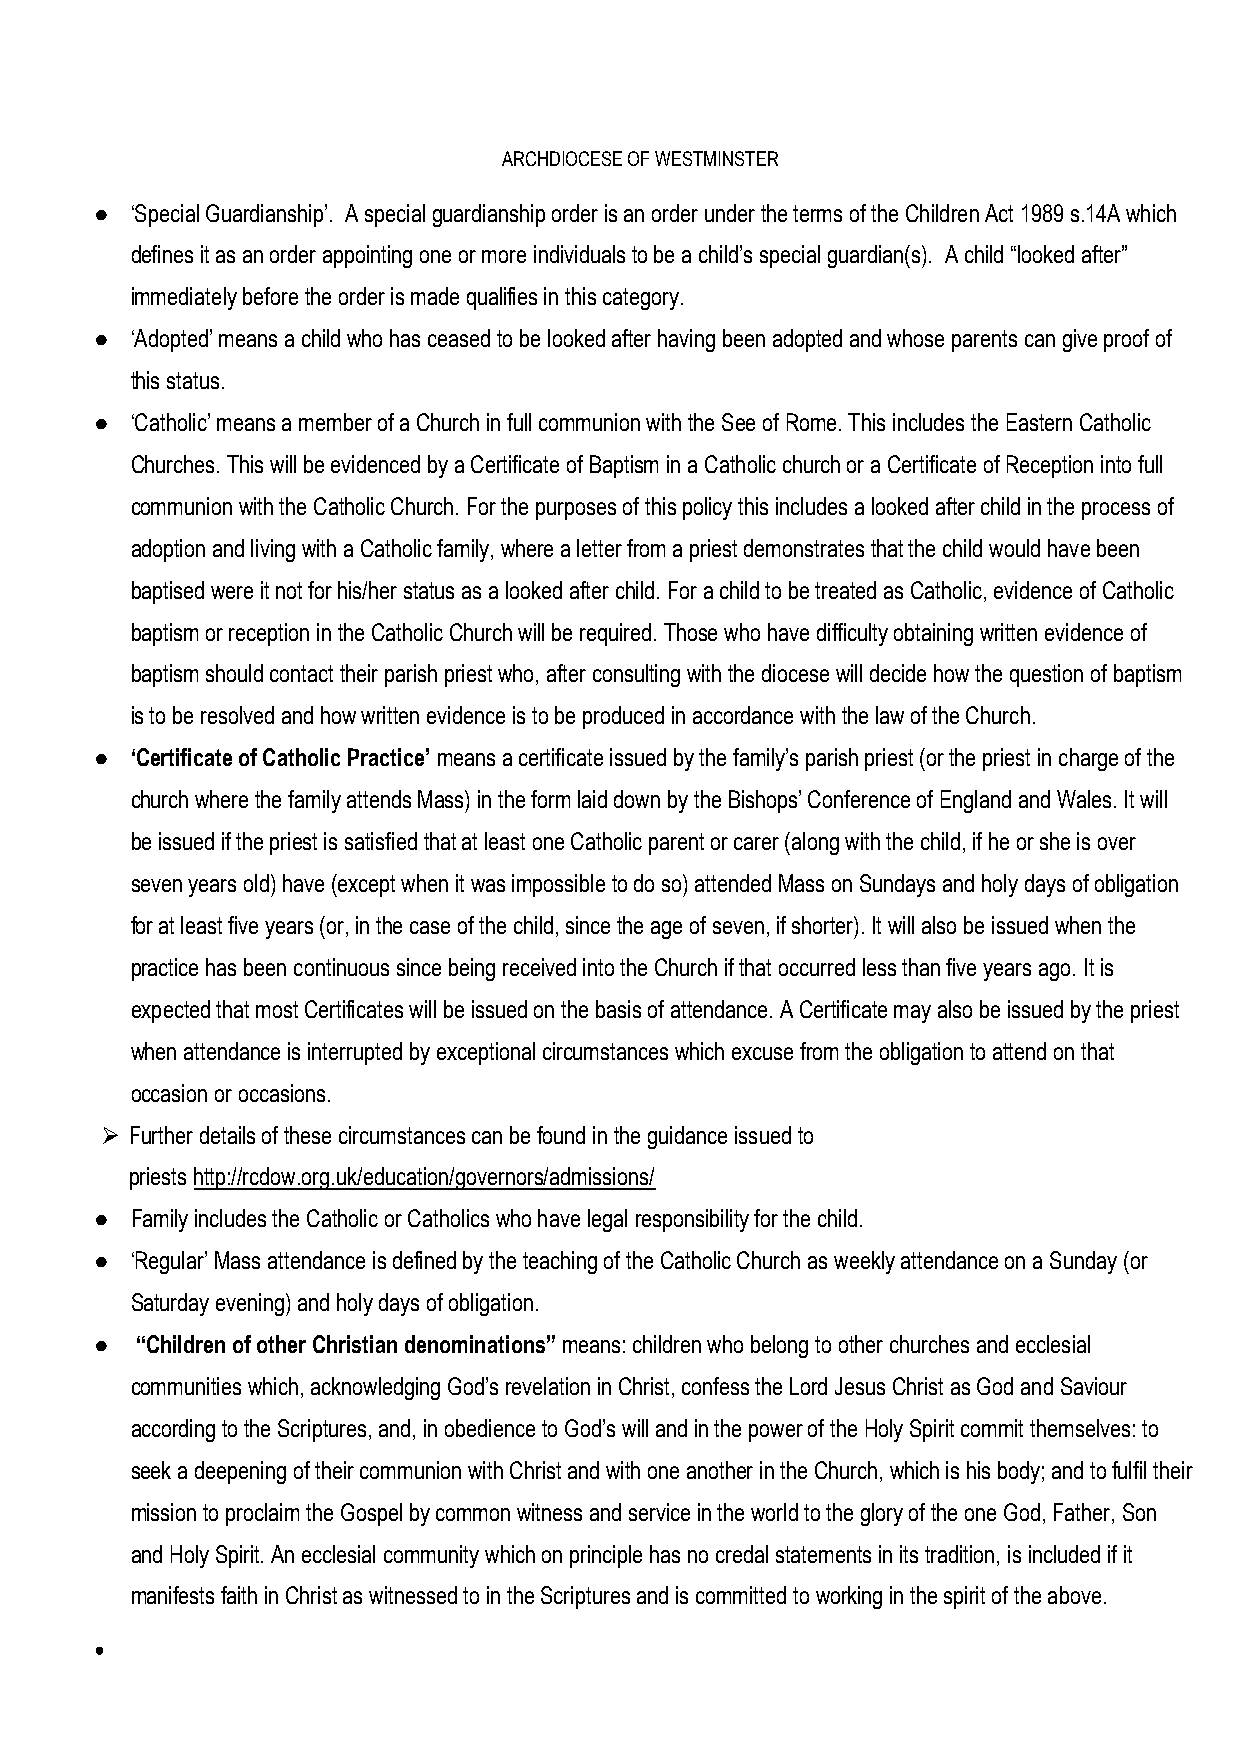
ARCHDIOCESE OF WESTMINSTER
 ●  ‘Special Guardianship’. A special guardianship order is an order under the terms of the Children Act 1989 s.14A which
 defines it as an order appointing one or more individuals to be a child’s special guardian(s). A child “looked after”
 immediately before the order is made qualifies in this category.
 ●  ‘Adopted’ means a child who has ceased to be looked after having been adopted and whose parents can give proof of
 this status.
 ●  ‘Catholic’ means a member of a Church in full communion with the See of Rome. This includes the Eastern Catholic
 Churches. This will be evidenced by a Certificate of Baptism in a Catholic church or a Certificate of Reception into full
 communion with the Catholic Church. For the purposes of this policy this includes a looked after child in the process of
 adoption and living with a Catholic family, where a letter from a priest demonstrates that the child would have been
 baptised were it not for his/her status as a looked after child. For a child to be treated as Catholic, evidence of Catholic
 baptism or reception in the Catholic Church will be required. Those who have difficulty obtaining written evidence of
 baptism should contact their parish priest who, after consulting with the diocese will decide how the question of baptism
 is to be resolved and how written evidence is to be produced in accordance with the law of the Church.
 ●  ‘Certificate of Catholic Practice’ means a certificate issued by the family’s parish priest (or the priest in charge of the
 church where the family attends Mass) in the form laid down by the Bishops’ Conference of England and Wales. It will
 be issued if the priest is satisfied that at least one Catholic parent or carer (along with the child, if he or she is over
 seven years old) have (except when it was impossible to do so) attended Mass on Sundays and holy days of obligation
 for at least five years (or, in the case of the child, since the age of seven, if shorter). It will also be issued when the
 practice has been continuous since being received into the Church if that occurred less than five years ago. It is
 expected that most Certificates will be issued on the basis of attendance. A Certificate may also be issued by the priest
 when attendance is interrupted by exceptional circumstances which excuse from the obligation to attend on that
 occasion or occasions.
  Further details of these circumstances can be found in the guidance issued to
 priests http://rcdow.org.uk/education/governors/admissions/
 ●  Family includes the Catholic or Catholics who have legal responsibility for the child.
 ●  ‘Regular’ Mass attendance is defined by the teaching of the Catholic Church as weekly attendance on a Sunday (or
 Saturday evening) and holy days of obligation.
 ●  “Children of other Christian denominations” means: children who belong to other churches and ecclesial
 communities which, acknowledging God’s revelation in Christ, confess the Lord Jesus Christ as God and Saviour
 according to the Scriptures, and, in obedience to God’s will and in the power of the Holy Spirit commit themselves: to
 seek a deepening of their communion with Christ and with one another in the Church, which is his body; and to fulfil their
 mission to proclaim the Gospel by common witness and service in the world to the glory of the one God, Father, Son
 and Holy Spirit. An ecclesial community which on principle has no credal statements in its tradition, is included if it
 manifests faith in Christ as witnessed to in the Scriptures and is committed to working in the spirit of the above.
 ●